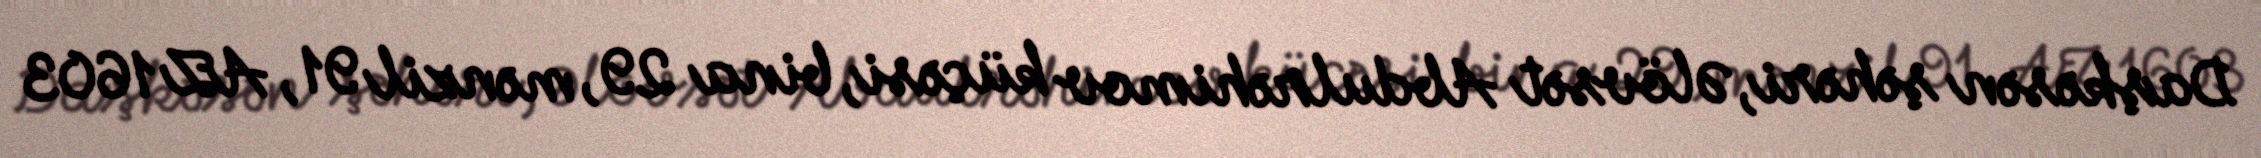
Daşkəsən şəhəri, Əlövsət Abdulrəhimov küçəsi, bina 29, mənzil 91, AZ 1603